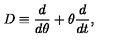
D \equiv \frac { d } { d \theta } + \theta \frac { d } { d t } ,